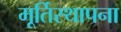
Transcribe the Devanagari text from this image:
मूर्तिस्थापना